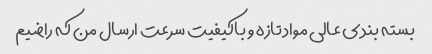
بسته بندی عالی مواد تازه و باکیفیت سرعت ارسال من که راضیم